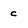
Character: c